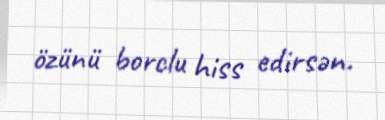
özünü borclu hiss edirsən.